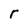
Character: r